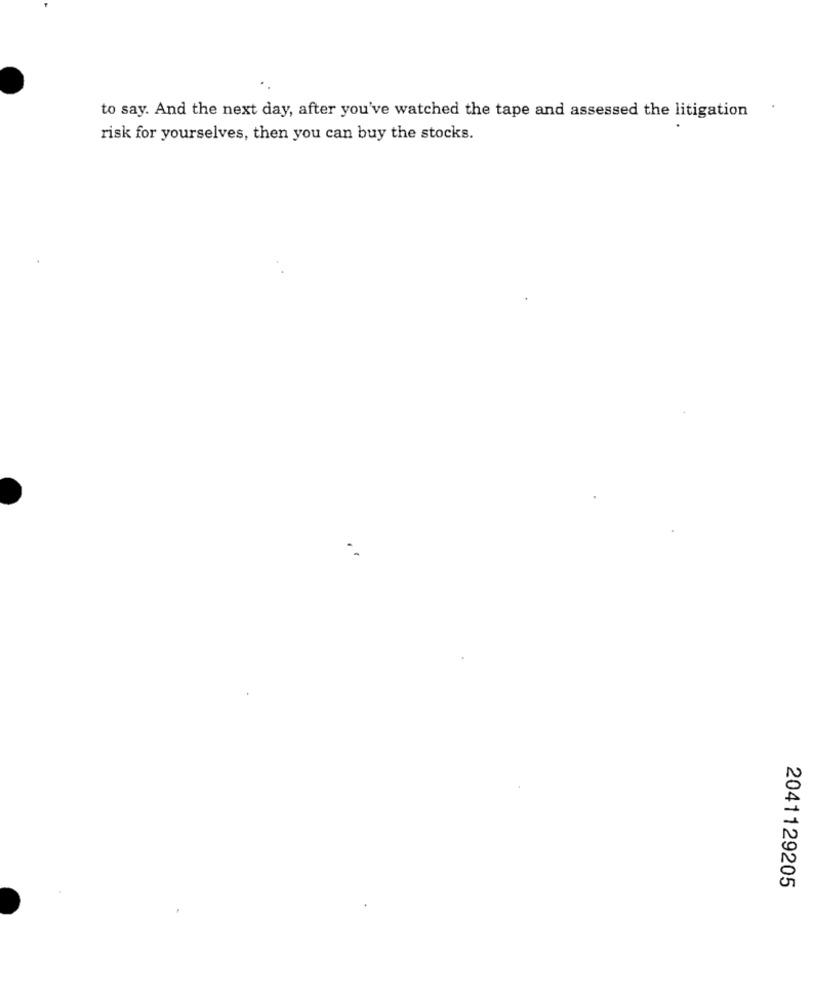
to say. And the next day, after you've watched the tape and assessed the litigation
risk for yourselves, then you can buy the stocks.
2041129205